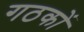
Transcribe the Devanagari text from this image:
गठकों